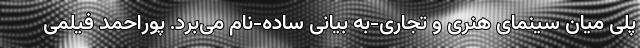
پلی میان سینمای هنری و تجاری-به بیانی ساده-نام‌ می‌برد. پوراحمد فیلمی‌